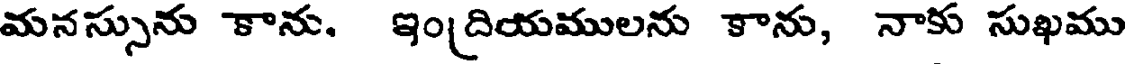
మనస్సును కాను, ఇం[దియములను కాను, నాకు సుఖము